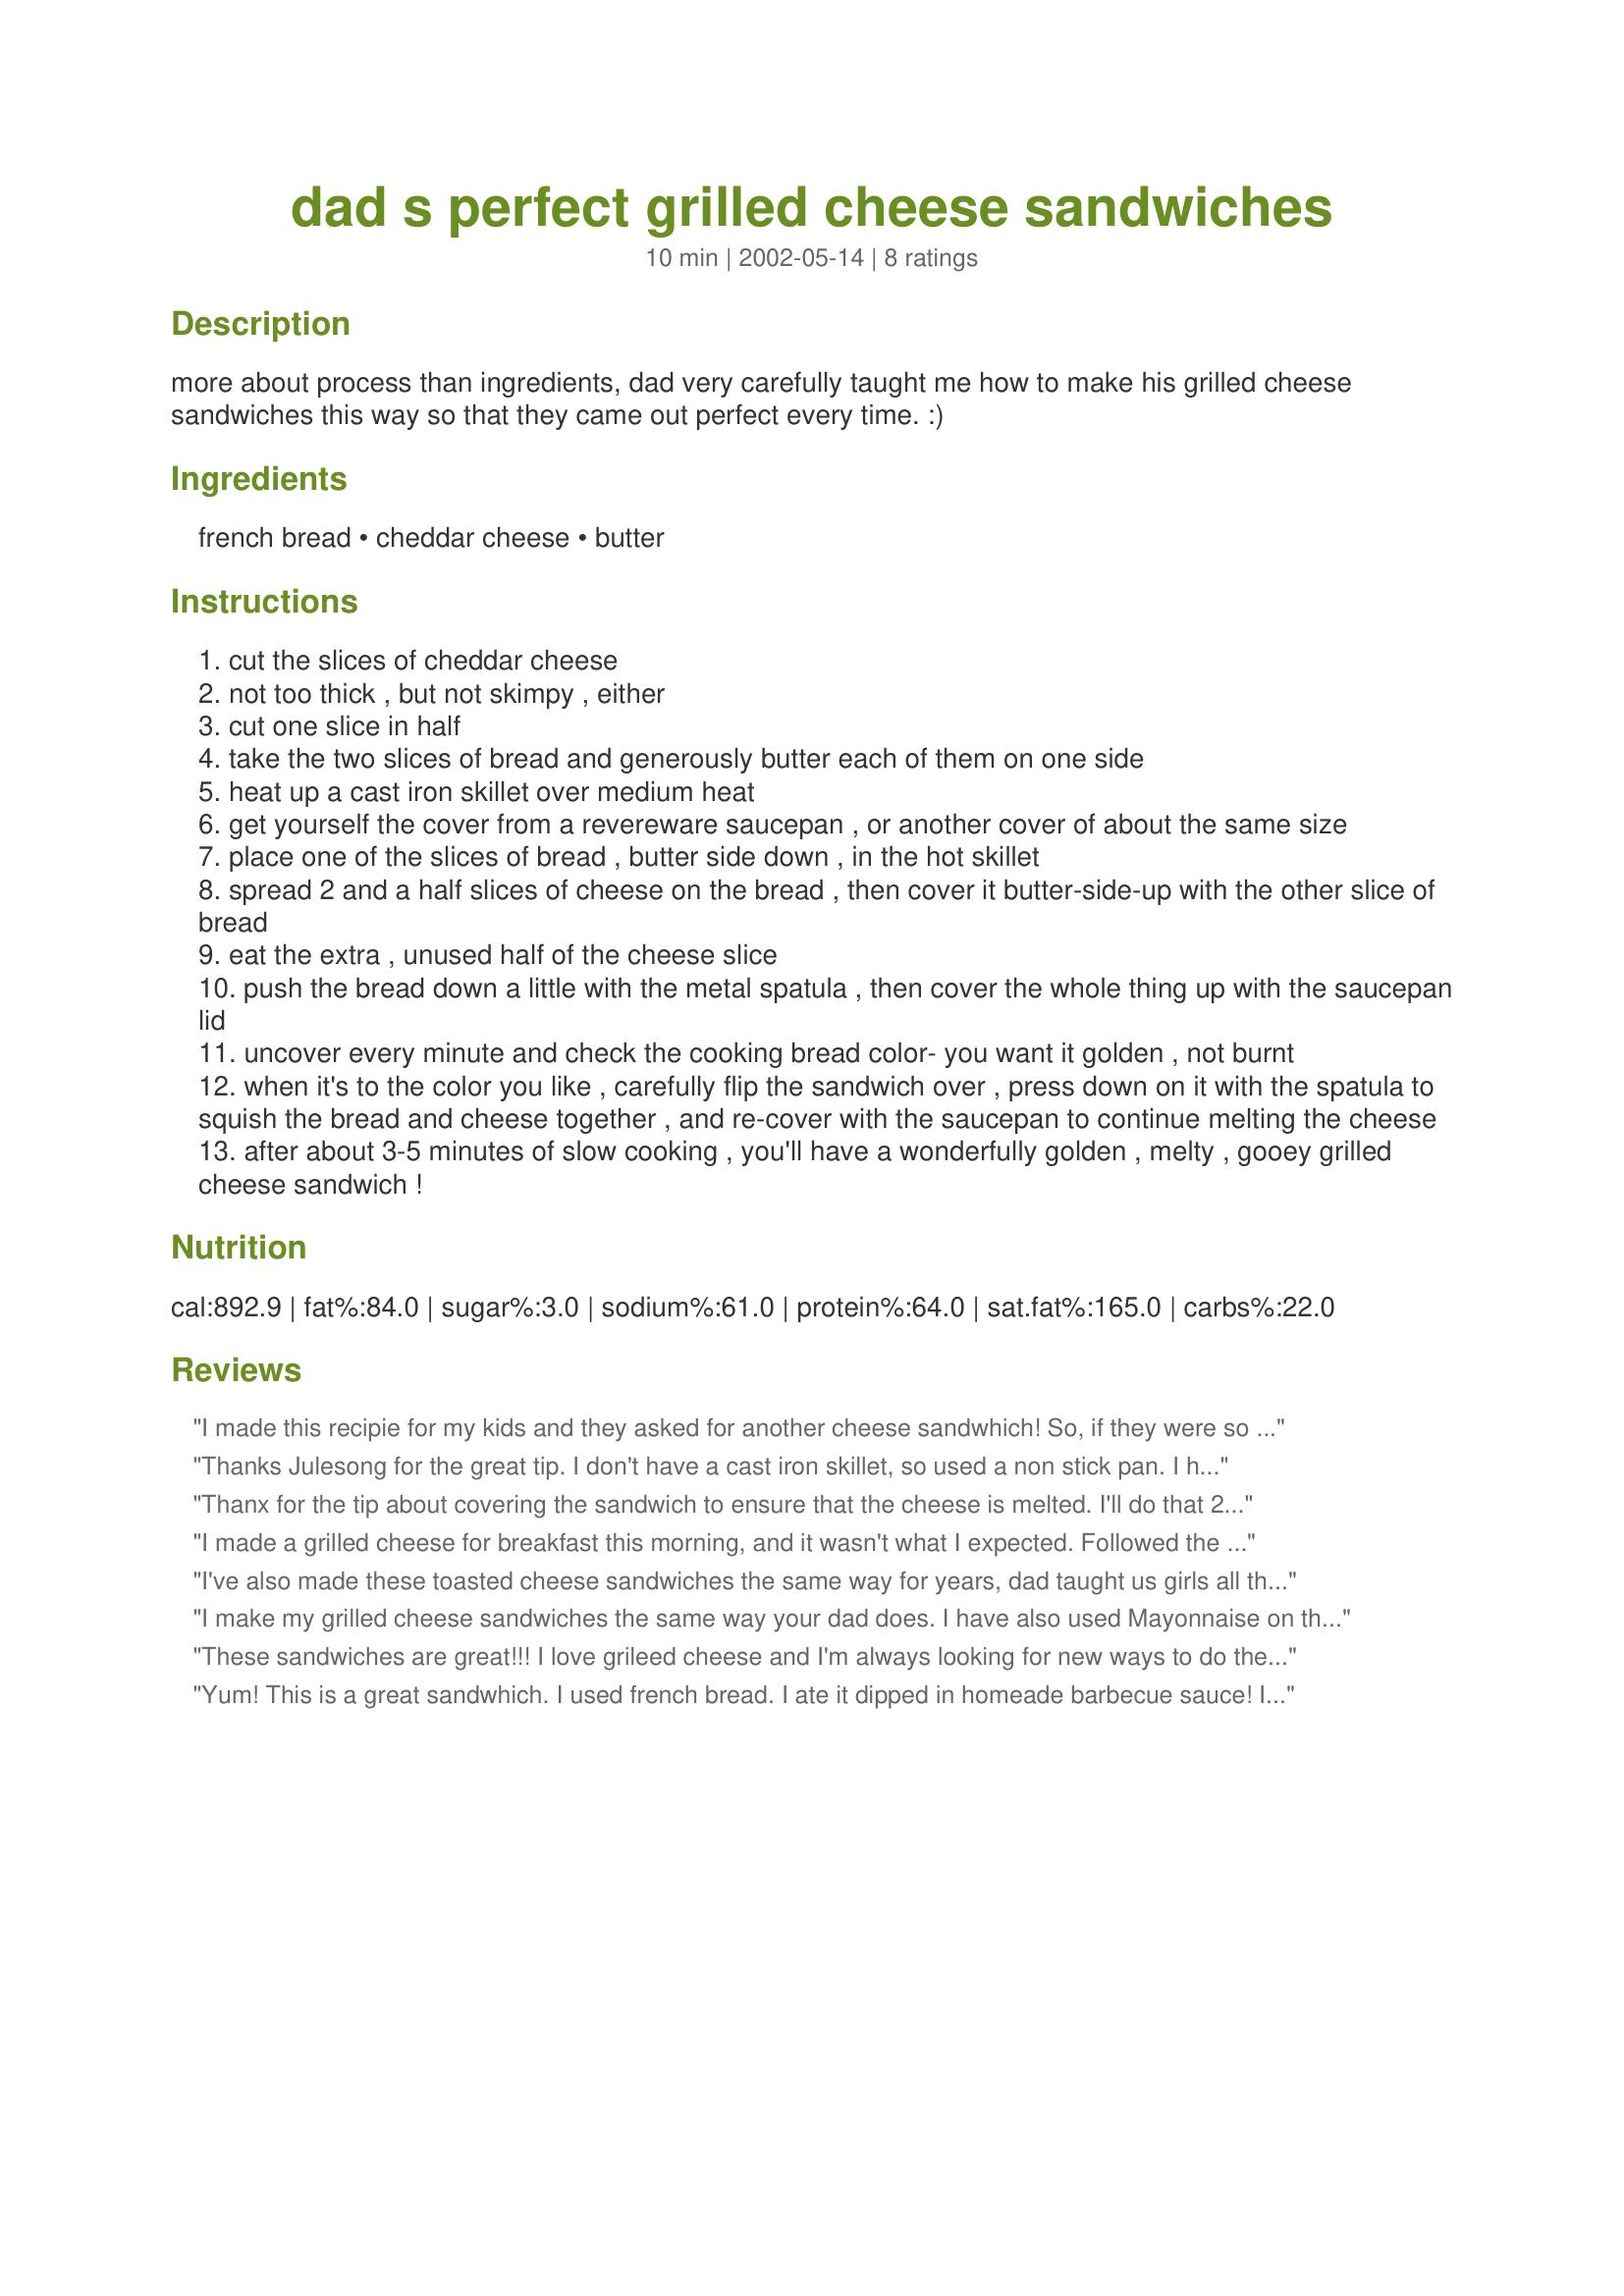
dad s perfect grilled cheese sandwiches
Preparation time: 10 minutes

more about process than ingredients, dad very carefully taught me how to make his grilled cheese sandwiches this way so that they came out perfect every time. :)

Ingredients:
french bread, cheddar cheese, butter

Steps:
cut the slices of cheddar cheese
not too thick , but not skimpy , either
cut one slice in half
take the two slices of bread and generously butter each of them on one side
heat up a cast iron skillet over medium heat
get yourself the cover from a revereware saucepan , or another cover of about the same size
place one of the slices of bread , butter side down , in the hot skillet
spread 2 and a half slices of cheese on the bread , then cover it butter-side-up with the other slice of bread
eat the extra , unused half of the cheese slice
push the bread down a little with the metal spatula , then cover the whole thing up with the saucepan lid
uncover every minute and check the cooking bread color- you want it golden , not burnt
when it's to the color you like , carefully flip the sandwich over , press down on it with the spatula to squish the bread and cheese together , and re-cover with the saucepan to continue melting the cheese
after about 3-5 minutes of slow cooking , you'll have a wonderfully golden , melty , gooey grilled cheese sandwich !

Reviews:
I made this recipie for my kids and they asked for another cheese sandwhich! So, if they were so good I had to try them, and I did! They were delicious!
Thanks Julesong for the great tip. I don't have a cast iron skillet, so used a non stick pan. I had some yummy garlic cheddar cheese from Jan S (thanks Jan) & wanted to try your Dad's method. Use of the lid ensures that the centre is hot & gooey without burning the outside - yum! Thanks for sharing.
Thanx for the tip about covering the sandwich to ensure that the cheese is melted. I'll do that 2nite - and I agree with your dad - no "burnt offerings" in my house!!

I made a grilled cheese for breakfast this morning, and it wasn't what I expected. Followed the instructions, and mine was burned in some places, and soggy in others. Will try again soon to see if it just was a fluke.
I've also made these toasted cheese sandwiches the same way for years, dad taught us girls all the same way. Yummy grilled cheese sandwiches. The best. Julesong is my sister. :)
I make my grilled cheese sandwiches the same way your dad does. I have also used Mayonnaise on the bread instead of butter. It comes out less greasy and gives the sandwich a nice flavor.
These sandwiches are great!!! I love grileed cheese and I'm always looking for new ways to do them and new things to add to it! Also wanted to let you know that everytime my mom burnt something-no matter what it was-she would tell Dad and all of us kids that "I like it like that" so I had to laugh when I read your description. I think she was just too embarassed to tell us that she forgot to check the food. Scraping the burnt parts off of food wasn't fun but I sure have a lot of good memories from it. Thanks for sharing Julesong
Yum! This is a great sandwhich. I used french bread. I ate it dipped in homeade barbecue sauce! I'll make all my grilled cheese sandwhiches using this method now.
